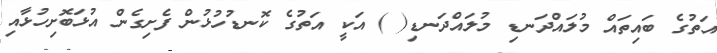
އަތުގެ ބައިތައް މުލައްދަނޑި މުލައްދަނޑި( ) އަކީ އަތުގެ ކޮނޑުހުޅުން ފެށިގެން އުޅަބޮށިހުޅާއި